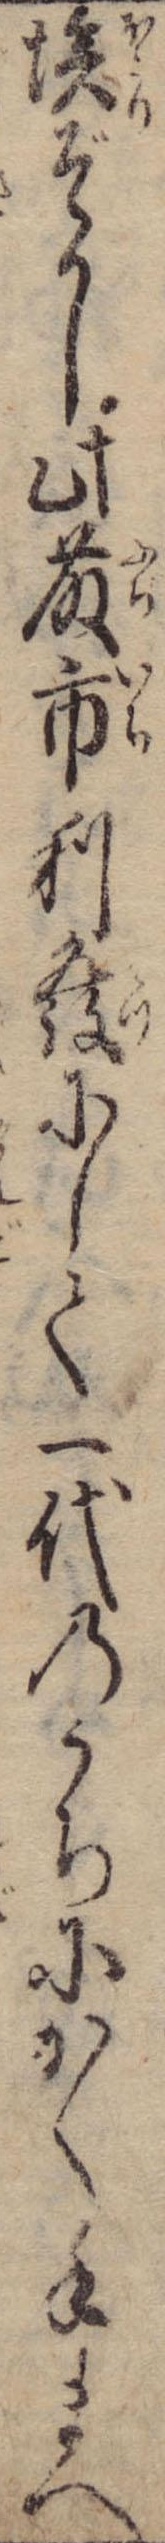
埃ぞかし此藤市利発にして一代のうちにかく手まへ